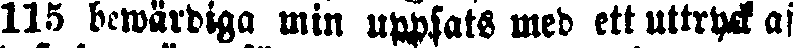
115 bewärdiga min uppsats med ett uttryck af